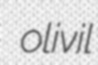
olivil